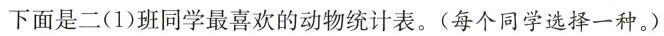
下面是二(1)班同学最喜欢的动物统计表。(每个同学选择一种。)